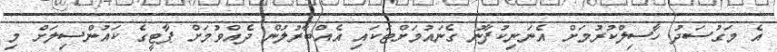
އެ މަގުސަދު ހާސިލްކުރުމަށް އެނަނިކުފާނު ގެނައުމަށްޓަކައި އެއްބާރުލުން ދެއްވުމަށް ޕާޓީގެ ކައުންސިލަށް މި